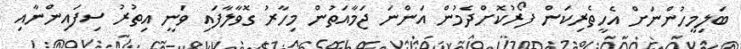
ބަލިމީހުންނަށް އެހީތެރިކަން ފޯރުކޮށްދެމުން އަންނަ ޖަމާއަތުން މިހާރު ގޮވާލާފައި ވަނީ އިތުރު ސިފައިންނާއި